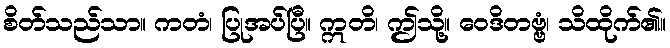
စိတ်သည်သာ။ ကတံ၊ ပြုအပ်ပြီ။ ဣတိ၊ ဤသို့။ ဝေဒိတဗ္ဗံ၊ သိထိုက်၏။